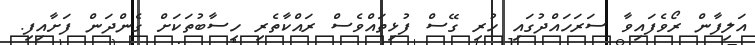
އަލިފާން ރޯވެފައިވާ ސަރަހައްދުގައި ހުރި ގޭސް ފުޅިތައްވެސް ރައްކާތެރި ހިސާބުތަކަށް ގެންދަން ފަށާއިފި.